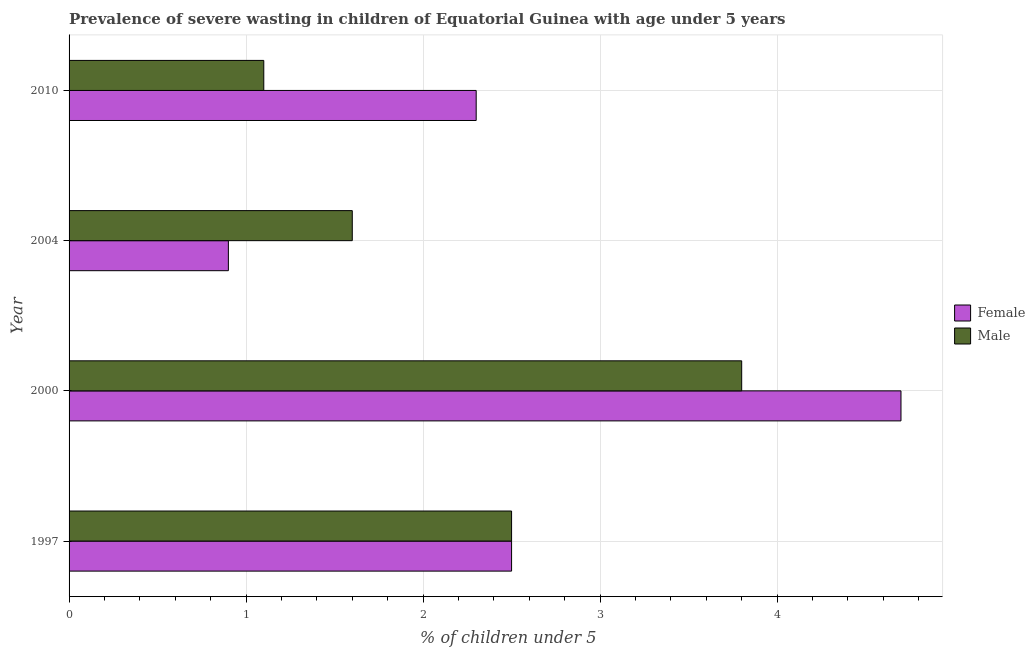
| Year | Female | Male |
 | --- | --- | --- |
 | 1997 | 2.5 | 2.5 |
 | 2000 | 4.7 | 3.8 |
 | 2004 | 0.9 | 1.6 |
 | 2010 | 2.3 | 1.1 |